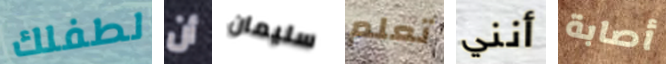
لطفلك أن سليمان تعلم أنني أصابة